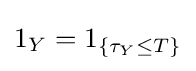
1_{Y}=1_{\{\tau _{Y}\leq T\}}